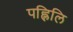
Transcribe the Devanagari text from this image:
पह्लिलि